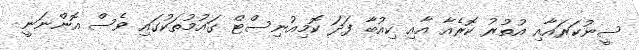
ސީނުކަރައާއި އުތުރު ކޮރެއާ އާއި ކިއުބާ ފަދަ ކޮމިއުނިސްޓް ގައުމުތަކުގައި ވެސް އޮންނަނީ